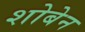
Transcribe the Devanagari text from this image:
शोबेन